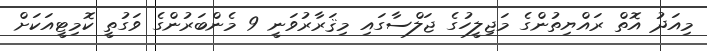
މިއަދު އޮތް ރައްޔިތުންގެ މަޖިލީހުގެ ޖަލްސާގައި މިޤަރާރުވަނީ 9 މެންބަރުންގެ ވަގުތީ ކޮމިޓީއަކަށް